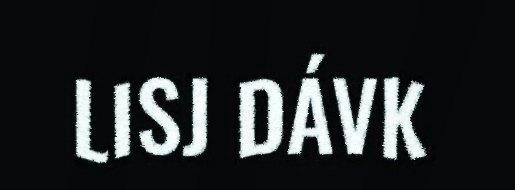
LISJ DÁVK